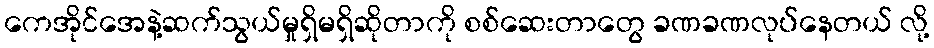
ကေအိုင်အေနဲ့ဆက်သွယ်မှုရှိမရှိဆိုတာကို စစ်ဆေးတာတွေ ခဏခဏလုပ်နေတယ် လို့